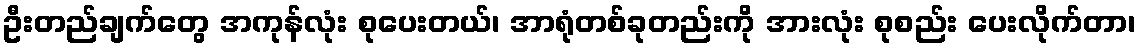
ဦးတည်ချက်တွေ အကုန်လုံး စုပေးတယ်၊ အာရုံတစ်ခုတည်းကို အားလုံး စုစည်း ပေးလိုက်တာ၊